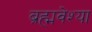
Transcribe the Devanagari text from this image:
ब्रह्मवेश्या